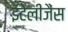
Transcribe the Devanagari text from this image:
इंटेलीजैंस